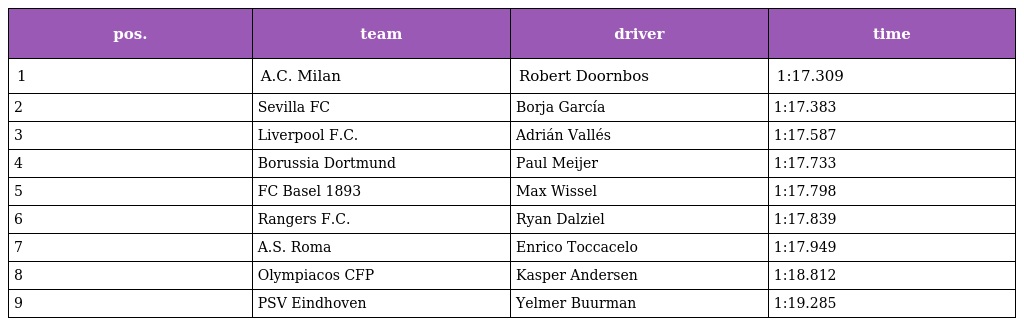
| pos. | team | driver | time |
 | --- | --- | --- | --- |
 | 1 | A.C. Milan | Robert Doornbos | 1:17.309 |
 | 2 | Sevilla FC | Borja García | 1:17.383 |
 | 3 | Liverpool F.C. | Adrián Vallés | 1:17.587 |
 | 4 | Borussia Dortmund | Paul Meijer | 1:17.733 |
 | 5 | FC Basel 1893 | Max Wissel | 1:17.798 |
 | 6 | Rangers F.C. | Ryan Dalziel | 1:17.839 |
 | 7 | A.S. Roma | Enrico Toccacelo | 1:17.949 |
 | 8 | Olympiacos CFP | Kasper Andersen | 1:18.812 |
 | 9 | PSV Eindhoven | Yelmer Buurman | 1:19.285 |